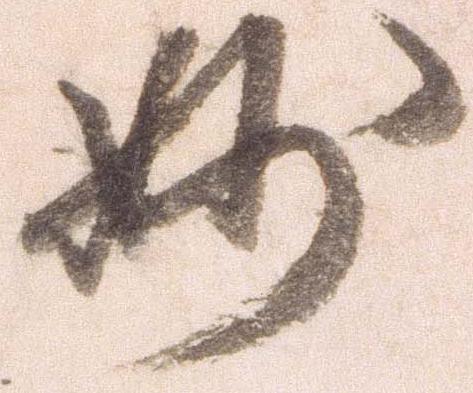
妙